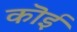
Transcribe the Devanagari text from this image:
कॊई